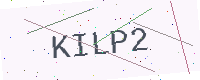
Text: KILP2